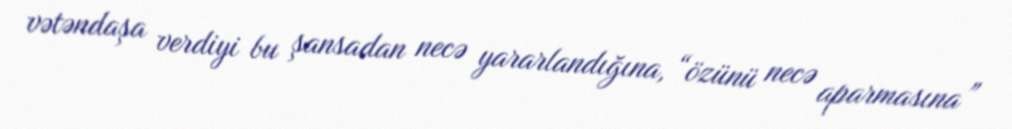
vətəndaşa verdiyi bu şansadan necə yararlandığına, “özünü necə aparmasına”